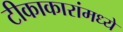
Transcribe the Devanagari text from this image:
टीकाकारांमध्ये